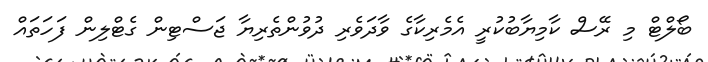
ބޯލްޓް މި ރޭސް ކާމިޔާބުކުރީ އެމެރިކާގެ ވާދަވެރި ދުވުންތެރިޔާ ޖަސްޓިން ގެޓްލިން ފަހަތައް